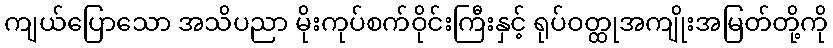
ကျယ်ပြောသော အသိပညာ မိုးကုပ်စက်ဝိုင်းကြီးနှင့် ရုပ်ဝတ္ထုအကျိုးအမြတ်တို့ကို